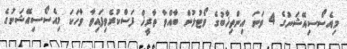
މިއެސޯސިއޭޝަނުގެ 4 ވަނަ އިންތިޚާބުގެ ވޯޓުލުން ބާއްވާ ތާރީޚް ފަސްކުރެވިފައިވާ ވާހަކަ މިއެސޯސިއޭޝަނުގެ